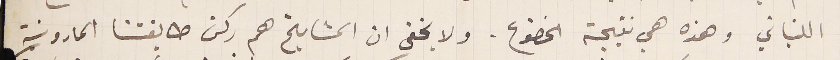
اللبناني وهذه هي نتيجة الخضوع. ولا يخفى ان المشايخ هم ركن طايفتنا المارونية